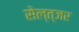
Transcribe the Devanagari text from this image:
सेल्त्जर